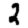
Digit: 2